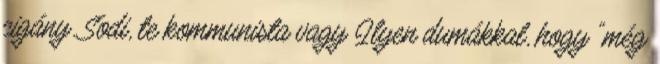
cigány. Sodi, te kommunista vagy Ilyen dumákkal, hogy "még